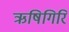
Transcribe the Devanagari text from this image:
ऋषिगिरि